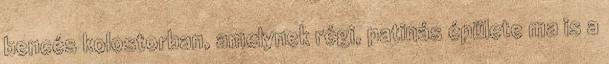
bencés kolostorban, amelynek régi, patinás épülete ma is a